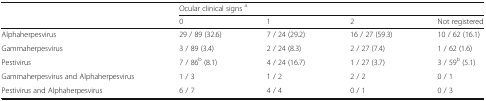
| <ROWSPAN=2>  | <COLSPAN=4> Ocular clinical signs a |
 | 0 | 1 | 2 | Not registered |
 | --- | --- | --- | --- | --- |
 | Alphaherpesvirus | 29 / 89 (32.6) | 7 / 24 (29.2) | 16 / 27 (59.3) | 10 / 62 (16.1) |
 | Gammaherpesvirus | 3 / 89 (3.4) | 2 / 24 (8.3) | 2 / 27 (7.4) | 1 / 62 (1.6) |
 | Pestivirus | 7 / 86b (8.1) | 4 / 24 (16.7) | 1 / 27 (3.7) | 3 / 59b (5.1) |
 | Gammaherpesvirus and Alphaherpesvirus | 1 / 3 | 1 / 2 | 2 / 2 | 0 / 1 |
 | Pestivirus and Alphaherpesvirus | 6 / 7 | 4 / 4 | 0 / 1 | 0 / 3 |